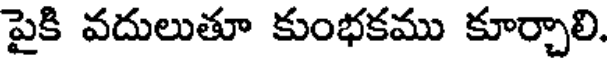
పైకి వదులుతూ కుంభకము కూర్చాలి.